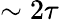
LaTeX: \sim 2\tau